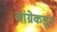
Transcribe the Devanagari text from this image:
आंग्रेकडून